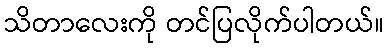
သိတာလေးကို တင်ပြလိုက်ပါတယ်။